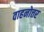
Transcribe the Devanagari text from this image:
वाहनोत्तर